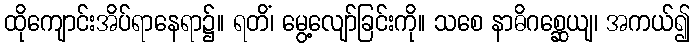
ထိုကျောင်းအိပ်ရာနေရာ၌။ ရတိံ၊ မွေ့လျော်ခြင်းကို။ သစေ နာဓိဂစ္ဆေယျ၊ အကယ်၍